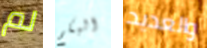
لم البكم والعديد